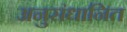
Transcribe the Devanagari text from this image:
अनुसंधानित